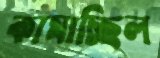
কামাচ্ছিল